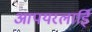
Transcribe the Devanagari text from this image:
आपयरलाईि